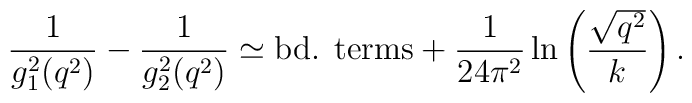
{1\over g_1^2(q^2)}-{1\over g^2_2(q^2)}\simeq\mbox{bd. terms} +{1\over 24\pi^2}\ln\left({\sqrt{q^2}\over k}\right).